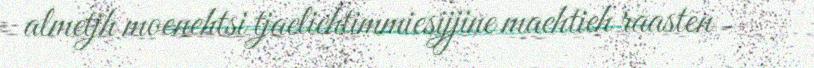
almetjh moenehtsi tjaeliehtimmiesijjine maehtieh raasten